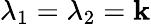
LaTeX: \lambda_{1}=\lambda_{2}=\mathbf{k}